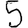
Digit: 5